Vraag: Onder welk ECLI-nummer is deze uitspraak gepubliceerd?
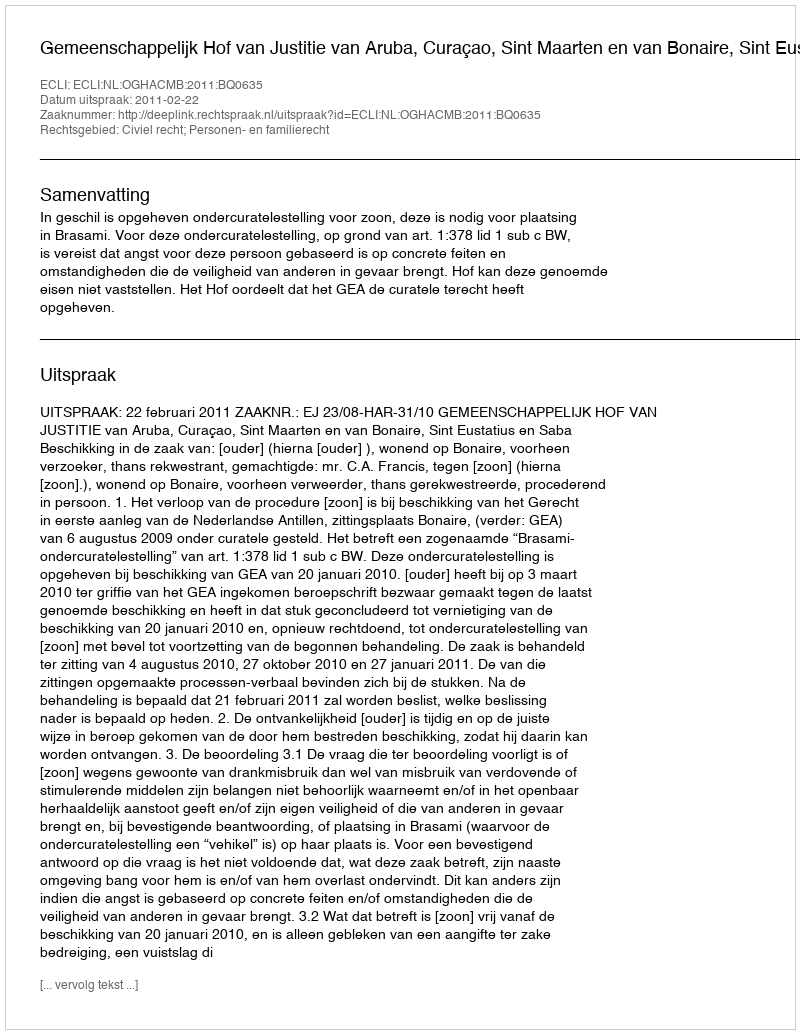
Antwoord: ECLI:NL:OGHACMB:2011:BQ0635